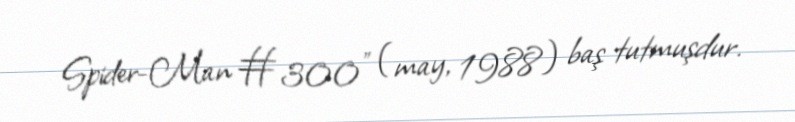
Spider-Man #300” (may, 1988) baş tutmuşdur.